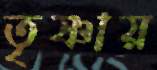
তৃষ্ণায়